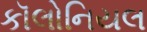
કૉલોનિયલ